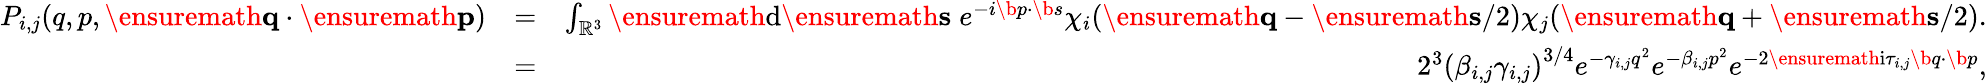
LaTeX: \begin{array}{rlr}{P_{i,j}(q,p,\ensuremath{\mathbf{q}}\cdot\ensuremath{\mathbf{p}})}&{=}&{\int_{\mathbb{R}^{3}}\ensuremath{\mathrm{d}}\ensuremath{\mathbf{s}}\; e^{-i\b{p}\cdot\b{s}}\chi_{i}(\ensuremath{\mathbf{q}}-\ensuremath{\mathbf{s}}/2)\chi_{j}(\ensuremath{\mathbf{q}}+\ensuremath{\mathbf{s}}/2).}\\ &{=}&{2^{3}\left(\beta_{i,j}\gamma_{i,j}\right)^{3/4}e^{-\gamma_{i,j}q^{2}}e^{-\beta_{i,j}p^{2}}e^{-2\ensuremath{\mathrm{i}}\tau_{i,j}\b{q}\cdot\b{p}},}\end{array}